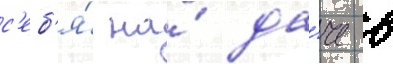
с'еб'я́ на́ да́че в